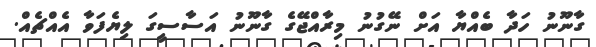
ގާނޫނު ހަދާ ބެއްޔާ އަށް ނޭގުނު މިރާއްޖޭގެ ގާނޫނު އަސާސީގަ ލިޔެފަވާ އެއްޗެއް.